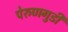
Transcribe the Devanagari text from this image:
पेरुणगुडी